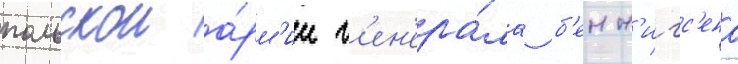
польскои а́рм'ии г'ен'ера́ла б'енн'игс'ена